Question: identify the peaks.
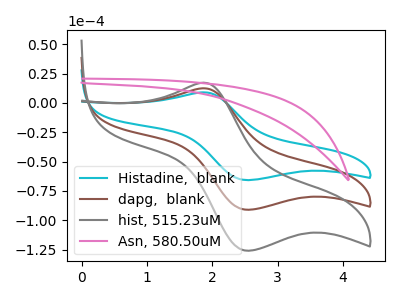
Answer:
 <answer>The cyan curve "Histadine,  blank" has an anodic peak at (1.90V, 8.95uA) and a cathodic peak at (2.55V, -65.85uA). The brown curve "dapg,  blank" has an anodic peak at (1.90V, 12.40uA) and a cathodic peak at (2.55V, -91.10uA). The gray curve "hist, 515.23uM" has an anodic peak at (1.90V, 24.80uA) and a cathodic peak at (2.55V, -182.15uA). The pink curve "Asn, 580.50uM" has no peaks.</answer>
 <eval></eval>